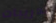
تدريبات